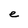
Character: e